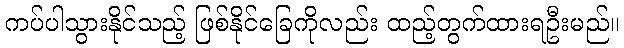
ကပ်ပါသွားနိုင်သည့် ဖြစ်နိုင်ခြေကိုလည်း ထည့်တွက်ထားရဦးမည်။